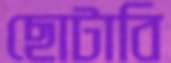
ছোটাবি